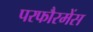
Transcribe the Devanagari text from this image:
परफौरमेंस